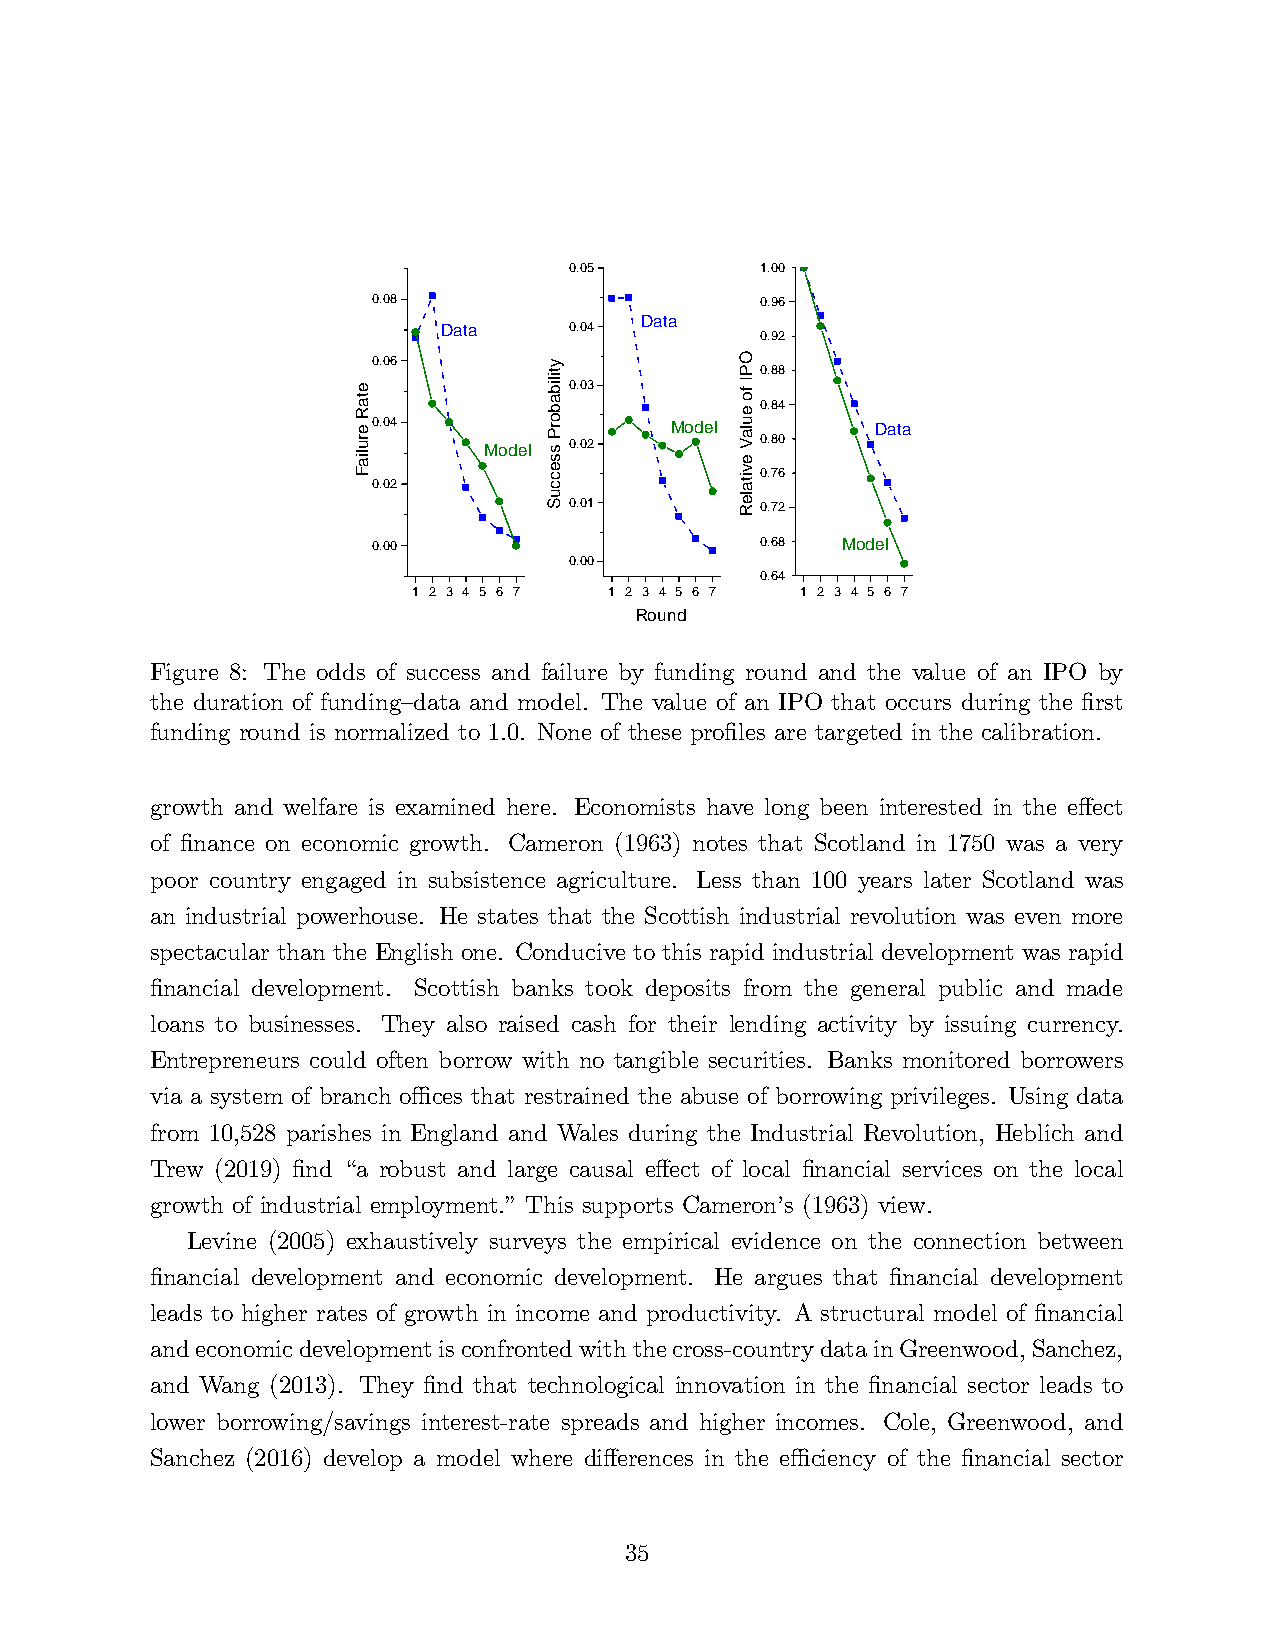
0.05        1.00
 0.08                     0.96
 Data
 Data     0.04
 0.92
 0.06                     0.88
 0.03
 0.84
 0.04               Model         Data
 Model 0.02        0.80
 0.76
 0.02
 0.01        0.72
 0.00                     0.68  Model
 0.00
 0.64
 1 2 3 4 5 6 7 1 2 3 4 5 6 7 1 2 3 4 5 6 7
 Round
 Figure 8: The odds of success and failure by funding round and the value of an IPO by
 the duration of funding—data and model. The value of an IPO that occurs during the first
 funding round is normalized to 1.0. None of these profiles are targeted in the calibration.
 growth and welfare is examined here. Economists have long been interested in the effect
 of finance on economic growth. Cameron (1963) notes that Scotland in 1750 was a very
 poor country engaged in subsistence agriculture. Less than 100 years later Scotland was
 an industrial powerhouse. He states that the Scottish industrial revolution was even more
 spectacular than the English one. Conducive to this rapid industrial development was rapid
 financial development. Scottish banks took deposits from the general public and made
 loans to businesses. They also raised cash for their lending activity by issuing currency.
 Entrepreneurs could often borrow with no tangible securities. Banks monitored borrowers
 via a system of branch offi ces that restrained the abuse of borrowing privileges. Using data
 from 10,528 parishes in England and Wales during the Industrial Revolution, Heblich and
 Trew (2019) find “a robust and large causal effect of local financial services on the local
 growth of industrial employment.”This supports Cameron’s (1963) view.
 Levine (2005) exhaustively surveys the empirical evidence on the connection between
 financial development and economic development. He argues that financial development
 leads to higher rates of growth in income and productivity. A structural model of financial
 and economic development is confronted with the cross-country data in Greenwood, Sanchez,
 and Wang (2013). They find that technological innovation in the financial sector leads to
 lower borrowing/savings interest-rate spreads and higher incomes. Cole, Greenwood, and
 Sanchez (2016) develop a model where differences in the effi ciency of the financial sector
 35
 etaR
 eruliaF
 ytilibaborP
 sseccuS
 OPI
 fo
 eulaV
 evitaleR